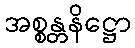
အစ္စန္တနိဋ္ဌော